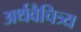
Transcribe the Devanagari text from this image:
अर्थवैचित्र्य